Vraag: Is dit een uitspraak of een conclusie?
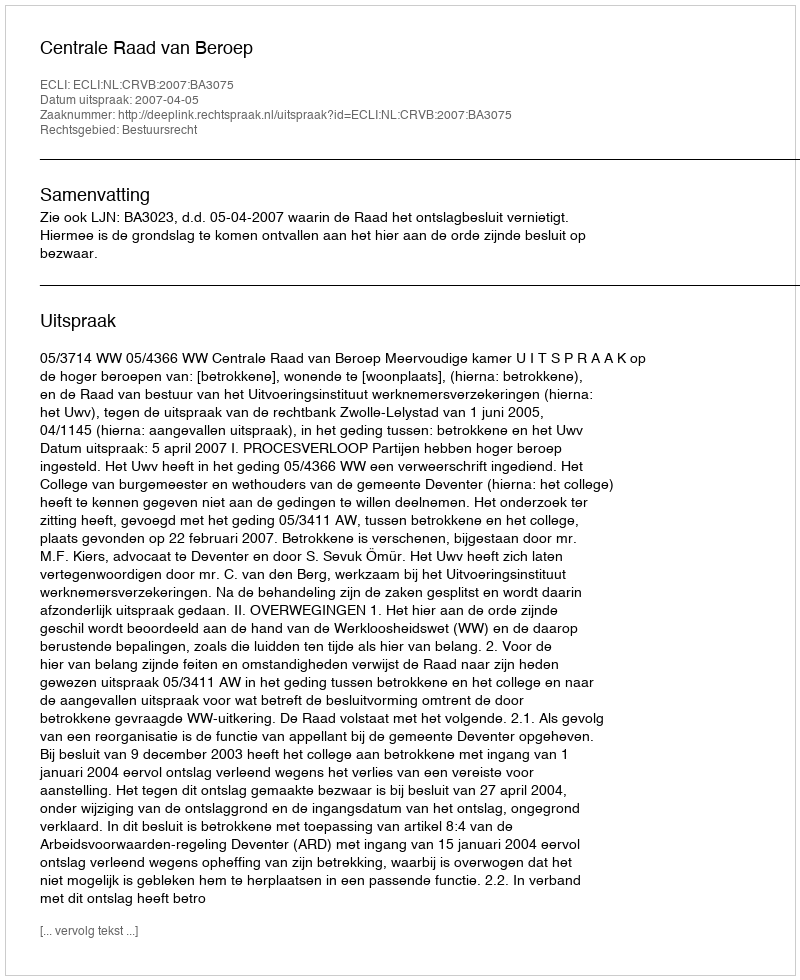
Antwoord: Uitspraak